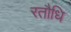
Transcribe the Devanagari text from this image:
रतौधि